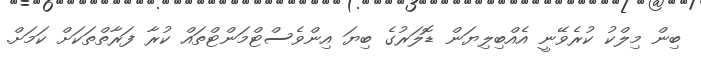
ބިން މިލްކު ކުރެވޭނީ އެއްބިލިޔަން ޑޮލަރުގެ ބިޔަ އިންވެސްޓްމަންޓްތައް ކުރާ ފަރާތްތަކަށް ކަމަށް.